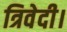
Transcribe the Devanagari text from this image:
त्रिवेदी।